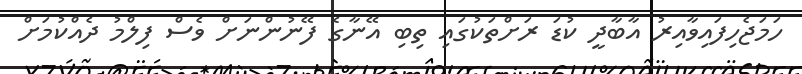
ހަމަޖެހިފައިވާއިރު އާބާދީ ކުޑަ ރަށްތަކުގައި ތިބި އޭނާގެ ފޭނުންނަށް ވެސް ފިލްމު ދެއްކުމަށް